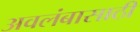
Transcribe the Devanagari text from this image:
अवलंबासाठी